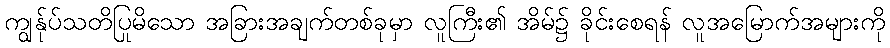
ကျွန်ုပ်သတိပြုမိသော အခြားအချက်တစ်ခုမှာ လူကြီး၏ အိမ်၌ ခိုင်းစေရန် လူအမြောက်အများကို